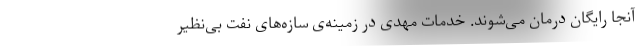
آنجا رایگان درمان می‌شوند. خدمات مهدی در زمینه‌ی سازه‌های نفت بی‌نظیر